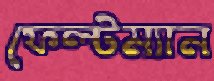
ফেল্টম্যান